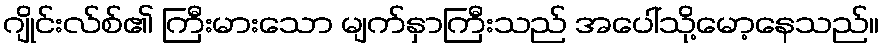
ဂျိုင်းလ်စ်၏ ကြီးမားသော မျက်နှာကြီးသည် အပေါ်သို့မော့နေသည်။